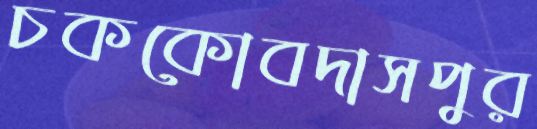
চককোবদাসপুর